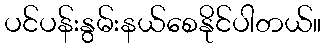
ပင်ပန်းနွမ်းနယ်စေနိုင်ပါတယ်။